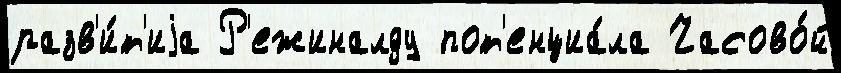
разв'и́т'иjа Р'ежиналду пот'енциа́ла Часово́й